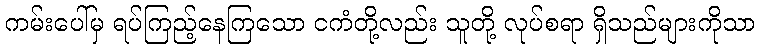
ကမ်းပေါ်မှ ရပ်ကြည့်နေကြသော ငကံတို့လည်း သူတို့ လုပ်စရာ ရှိသည်များကိုသာ